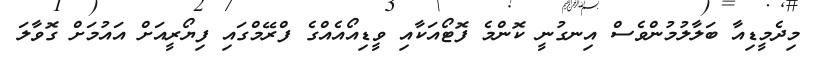
މިދެމީޑިއާ ބަލާލުމުންވެސް އިނގުނީ ކޮންމެ ފޮޓޯއަކާއި ވީޑިއޯއެއްގެ ފްރޭމްގައި ފިޔޯރީއަށް އައުމަށް ގޮވާލަ